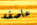
عاصفه